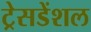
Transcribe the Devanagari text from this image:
ट्रेसडेंशल